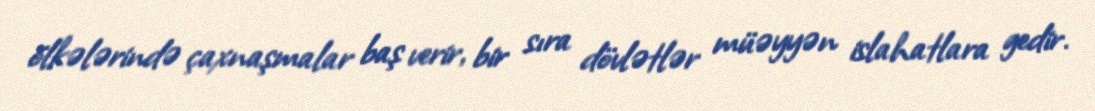
ölkələrində çaxnaşmalar baş verir, bir sıra dövlətlər müəyyən islahatlara gedir.